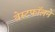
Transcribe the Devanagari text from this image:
वेस्टफॉलने